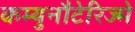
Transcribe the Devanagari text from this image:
कम्युनौटेरिज्मे